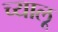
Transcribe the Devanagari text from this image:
च्यालू